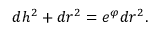
d h ^ { 2 } + d r ^ { 2 } = e ^ { \varphi } d r ^ { 2 } .